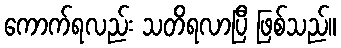
ကောက်ရလည်း သတိရလာပြီ ဖြစ်သည်။